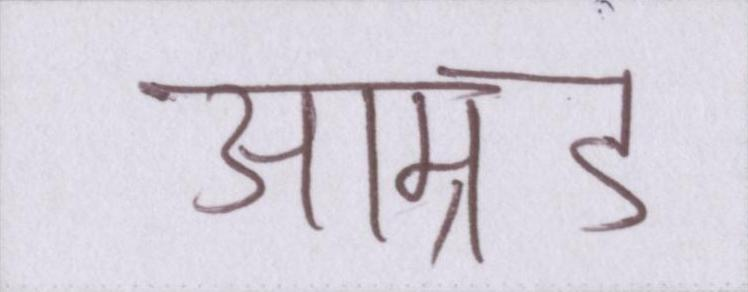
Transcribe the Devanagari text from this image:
आम्र्ड